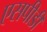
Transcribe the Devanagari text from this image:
एसपीडी